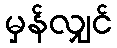
မှန်လျှင်